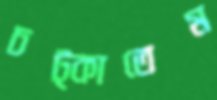
চট্‌কাতেম